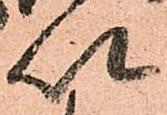
以